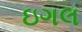
ઇગલ